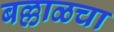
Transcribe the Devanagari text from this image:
बल्लाळचा